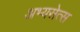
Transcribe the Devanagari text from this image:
अभ्यसेत्स